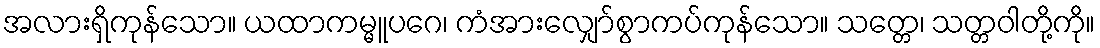
အလားရှိကုန်သော။ ယထာကမ္မူပဂေ၊ ကံအားလျှော်စွာကပ်ကုန်သော။ သတ္တေ၊ သတ္တဝါတို့ကို။